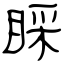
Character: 睬